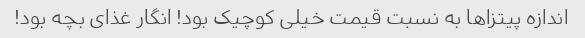
اندازه پیتزاها به نسبت قیمت خیلی کوچیک بود! انگار غذای بچه بود!